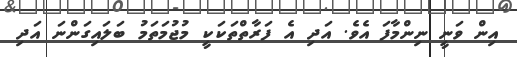
އިން ވަނީ ނިންމާފަ އެވެ. އަދި އެ ފަރާތްތަކަކީ މުޖުމަތަމު ބަލައިގަންނަ އަދި